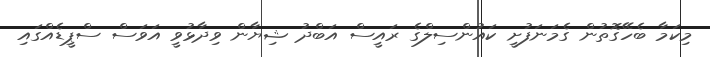
މިކަމާ ބެހޭގޮތުން ގެމަނަފުށީ ކައުންސިލްގެ ރައީސް އަބްދު ޝިޔާން ވިދާޅުވީ އަވަސް ސްޕީޑެއްގައި